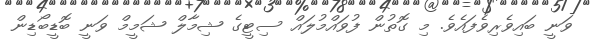
ވަނީ ބައިވެރިވެފައެވެ. މި ގޮތުން ފުވައްމުލައް ސިޓީގެ ޝިމާލް ޝަމީމް ވަނީ ބޮޑީބޯޑިން